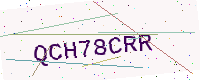
Text: QCH78CRR